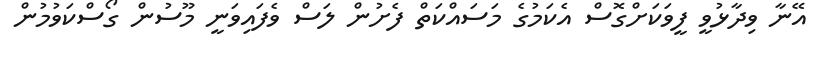
އޭނާ ވިދާޅުވީ ފީވަކަށްގޮސް އެކަމުގެ މަސައްކަތް ފެށުން ލަސް ވެފައިވަނީ މޫސުން ގޯސްކަވުމުން